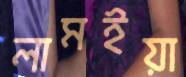
লামইয়া